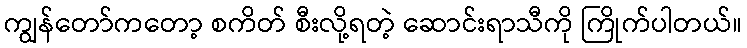
ကျွန်တော်ကတော့ စကိတ် စီးလို့ရတဲ့ ဆောင်းရာသီကို ကြိုက်ပါတယ်။